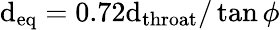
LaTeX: \mathrm{d}_{\mathrm{{eq}}}=0.72\mathrm{d}_{\mathrm{{throat}}}/\tan\phi